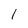
Character: l